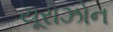
યૂરોઝોન